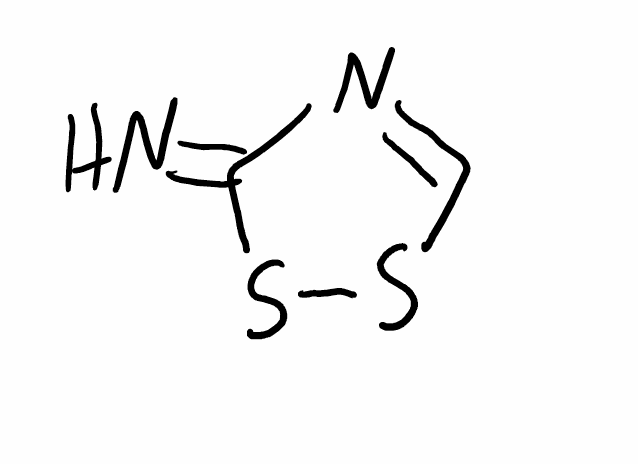
Simplified molecular-input line-entry system (SMILES) notation of the given molecule:
C1=NC(=N)SS1